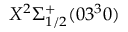
X ^ { 2 } \Sigma _ { 1 / 2 } ^ { + } ( 0 3 ^ { 3 } 0 )